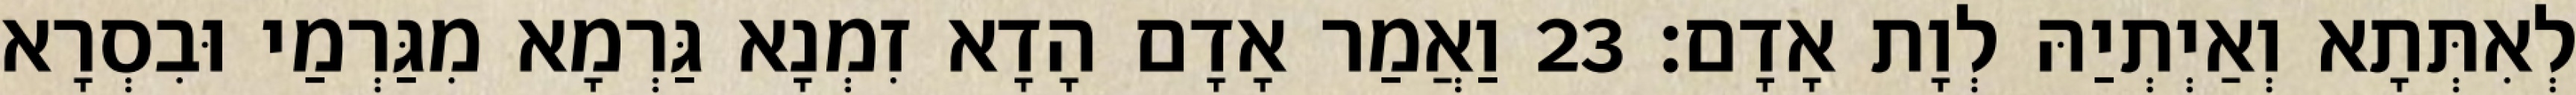
לְאִתְּתָא וְאַיְתְיַהּ לְוָת אָדָם׃ 23 וַאֲמַר אָדָם הָדָא זִמְנָא גַּרְמָא מִגַּרְמַי וּבִסְרָא